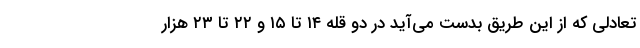
تعادلی که از این طریق بدست می‌آید در دو قله ۱۴ تا ۱۵ و ۲۲ تا ۲۳ هزار